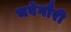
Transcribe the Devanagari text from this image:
भवेगौरी